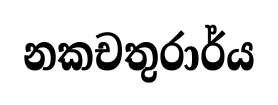
නකචතුරාර්ය